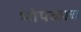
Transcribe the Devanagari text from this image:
भोपळाच